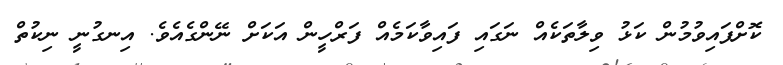
ކޮށްފައިވުމުން ކަޅު ވިލާތަކެއް ނަގައި ފައިވާކަމެއް ފަރްހީން އަކަށް ނޭންގެއެވެ. އިނގުނީ ނިކުތް